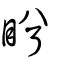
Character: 盻